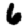
Digit: 6